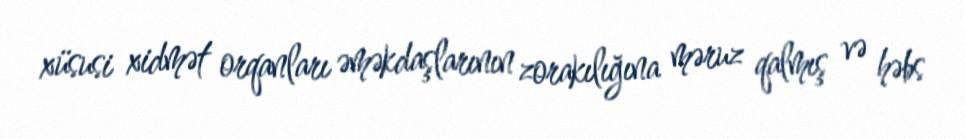
xüsusi xidmət orqanları əməkdaşlarının zorakılığına məruz qalmış və həbs